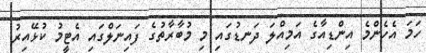
ހަމަ އެހެންމެ އިންޑިއާގެ އަމިއްލަ ދަނޑުގައި މި މުބާރާތުގެ ފައިނަލްގައި އެޓީމު ކުޅޭއިރު